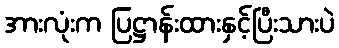
အားလုံးက ပြဋ္ဌာန်းထားနှင့်ပြီးသားပဲ